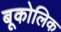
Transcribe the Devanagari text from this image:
बूकोलिक